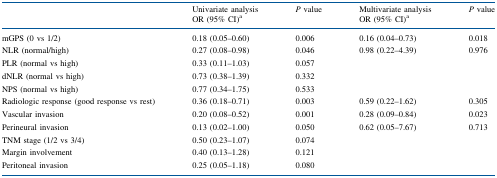
| <ROWSPAN=2>  | Univariate analysis | <ROWSPAN=2> P value | Multivariate analysis | <ROWSPAN=2> P value |
 | OR (95% CI)a | OR (95% CI)a |
 | --- | --- | --- | --- | --- |
 | mGPS (0 vs 1/2) | 0.18 (0.05–0.60) | 0.006 | 0.16 (0.04–0.73) | 0.018 |
 | NLR (normal/high) | 0.27 (0.08–0.98) | 0.046 | 0.98 (0.22–4.39) | 0.976 |
 | PLR (normal vs high) | 0.33 (0.11–1.03) | 0.057 |  |  |
 | dNLR (normal vs high) | 0.73 (0.38–1.39) | 0.332 |  |  |
 | NPS (normal vs high) | 0.77 (0.34–1.75) | 0.533 |  |  |
 | Radiologic response (good response vs rest) | 0.36 (0.18–0.71) | 0.003 | 0.59 (0.22–1.62) | 0.305 |
 | Vascular invasion | 0.20 (0.08–0.52) | 0.001 | 0.28 (0.09–0.84) | 0.023 |
 | Perineural invasion | 0.13 (0.02–1.00) | 0.050 | 0.62 (0.05–7.67) | 0.713 |
 | TNM stage (1/2 vs 3/4) | 0.50 (0.23–1.07) | 0.074 |  |  |
 | Margin involvement | 0.40 (0.13–1.28) | 0.121 |  |  |
 | Peritoneal invasion | 0.25 (0.05–1.18) | 0.080 |  |  |